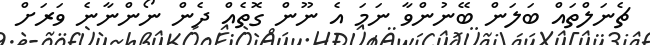
ޗެނަލްތައް ބަލަން ބޭނުންވާ ނަމަ އެ ނޫން ގޮތެއް ދެން ނޯންނާނެ ވަރަށް